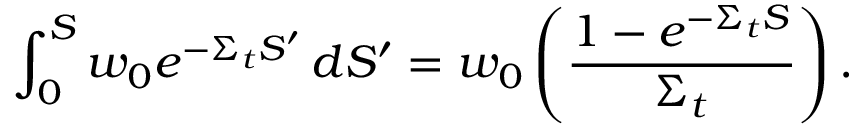
\int _ { 0 } ^ { S } w _ { 0 } e ^ { - \Sigma _ { t } S ^ { \prime } } \, d S ^ { \prime } = w _ { 0 } \left( \frac { 1 - e ^ { - \Sigma _ { t } S } } { \Sigma _ { t } } \right) .